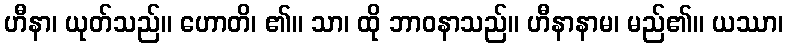
ဟီနာ၊ ယုတ်သည်။ ဟောတိ၊ ၏။ သာ၊ ထို ဘာဝနာသည်။ ဟီနာနာမ၊ မည်၏။ ယဿာ၊